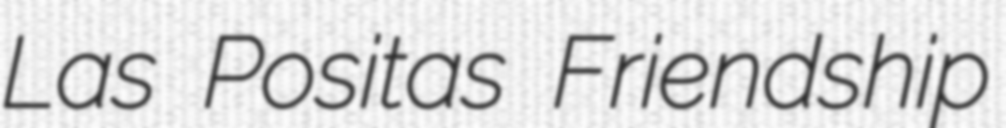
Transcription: Las Positas Friendship